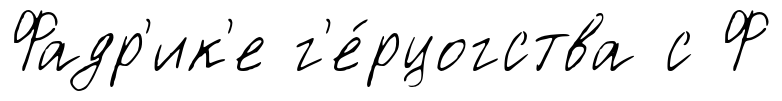
Фадр'ик'е г'е́рцогства с Ф